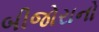
બીજોરાનો